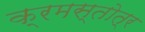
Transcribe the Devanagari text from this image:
क्रमस्तोत्र